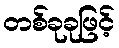
တစ်ခုခုဖြင့်